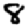
Digit: 8